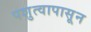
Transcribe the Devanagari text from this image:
पशुत्वापासून